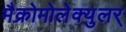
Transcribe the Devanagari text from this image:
मैक्रोमोलेक्युलर्